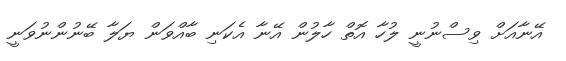
އޭނާއަށް ވިސްނުނީ ލުހާ އޮތް ހާލުން އޭނާ އެކަނި ބާއްވަން ޔަލާ ބޭނުންނުވަނީ